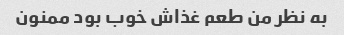
به نظر من طعم غذاش خوب بود ممنون